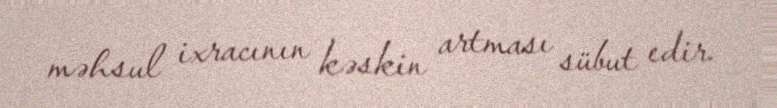
məhsul ixracının kəskin artması sübut edir.